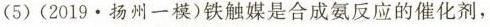
(5)(2019.扬州一模)铁触媒是合成氨反应的催化剂，